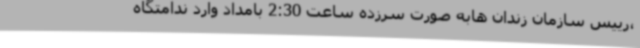
،رییس سازمان زندان هابه صورت سرزده ساعت 2:30 بامداد وارد ندامتگاه